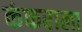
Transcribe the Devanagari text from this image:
कंकराला